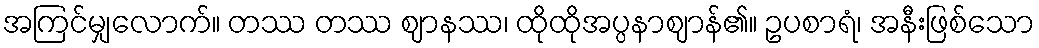
အကြင်မျှလောက်။ တဿ တဿ ဈာနဿ၊ ထိုထိုအပ္ပနာဈာန်၏။ ဥပစာရံ၊ အနီးဖြစ်သော